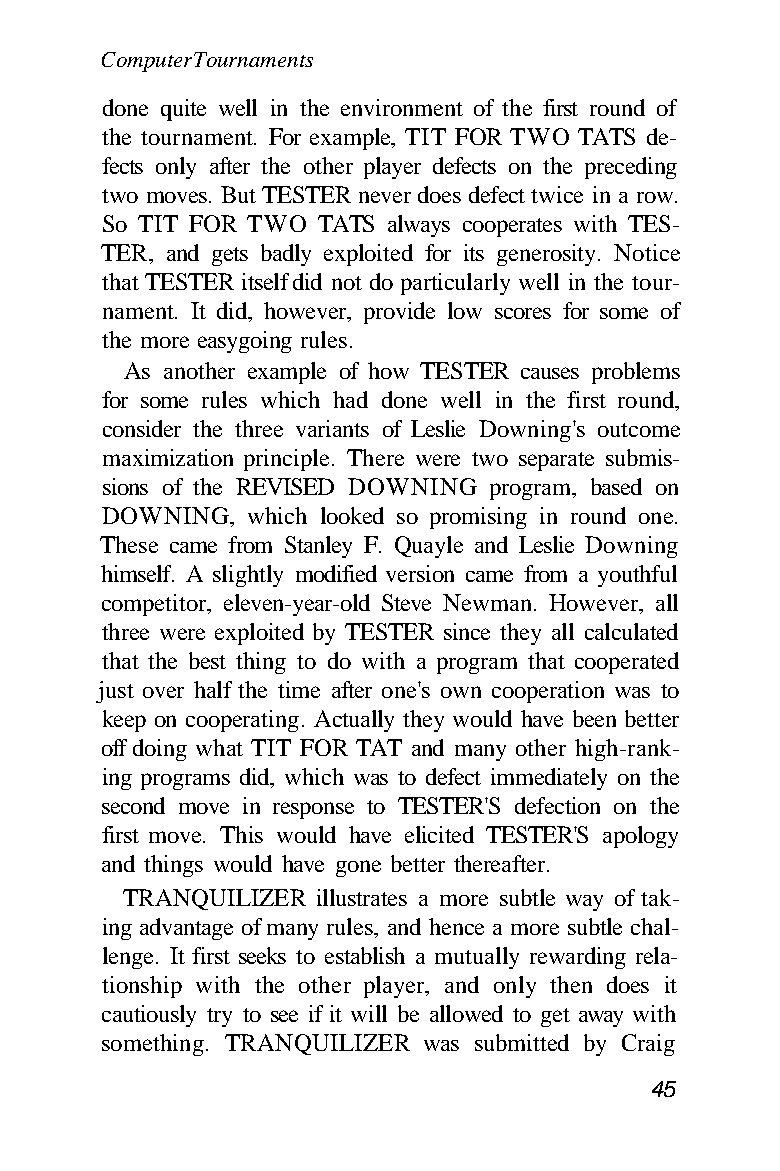
Computer Tournaments
 done quite well in the environment of the first round of
 the tournament. For example, TIT FOR TWO TATS de-
 fects only after the other player defects on the preceding
 two moves. But TESTER never does defect twice in a row.
 So TIT FOR TWO TATS always cooperates with TES-
 TER, and gets badly exploited for its generosity. Notice
 that TESTER itself did not do particularly well in the tour-
 nament. It did, however, provide low scores for some of
 the more easygoing rules.
 As another example of how TESTER causes problems
 for some rules which had done well in the first round,
 consider the three variants of Leslie Downing's outcome
 maximization principle. There were two separate submis-
 sions of the REVISED DOWNING program, based on
 DOWNING, which looked so promising in round one.
 These came from Stanley F. Quayle and Leslie Downing
 himself. A slightly modified version came from a youthful
 competitor, eleven-year-old Steve Newman. However, all
 three were exploited by TESTER since they all calculated
 that the best thing to do with a program that cooperated
 just over half the time after one's own cooperation was to
 keep on cooperating. Actually they would have been better
 off doing what TIT FOR TAT and many other high-rank-
 ing programs did, which was to defect immediately on the
 second move in response to TESTER'S defection on the
 first move. This would have elicited TESTER'S apology
 and things would have gone better thereafter.
 TRANQUILIZER illustrates a more subtle way of tak-
 ing advantage of many rules, and hence a more subtle chal-
 lenge. It first seeks to establish a mutually rewarding rela-
 tionship with the other player, and only then does it
 cautiously try to see if it will be allowed to get away with
 something. TRANQUILIZER was submitted by Craig
 45